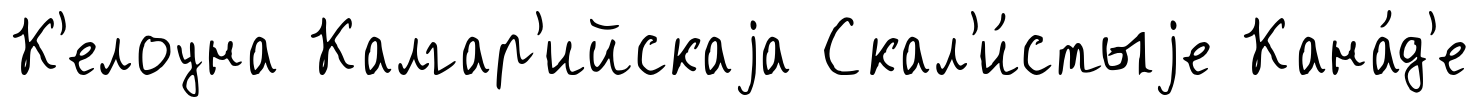
К'елоуна Калгар'ийскаjа Скал'и́стыjе Кана́д'е